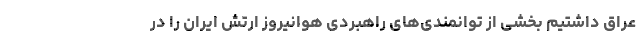
عراق داشتیم بخشی از توانمندی‌های راهبردی هوانیروز ارتش ایران را در